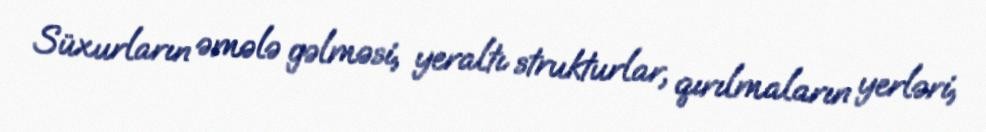
Süxurların əmələ gəlməsi, yeraltı strukturlar, qırılmaların yerləri,